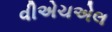
વીએચએલ